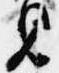
見